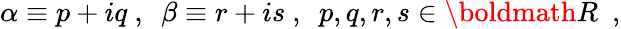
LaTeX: \alpha\equiv p+iq~,~~\beta\equiv r+is~,~~p,q,r,s\in{\boldmath R}~~,